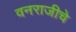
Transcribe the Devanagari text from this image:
वनराजीचे